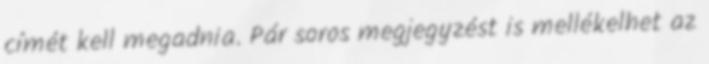
címét kell megadnia. Pár soros megjegyzést is mellékelhet az